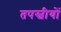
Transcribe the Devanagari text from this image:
तपस्वीयों